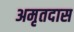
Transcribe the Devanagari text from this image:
अमृतदास